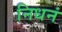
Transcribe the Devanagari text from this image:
निधनं